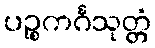
ပဉ္စကင်္ဂသုတ္တံ